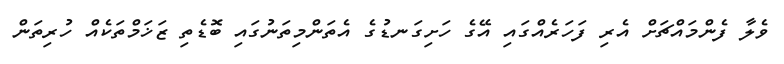
ވެލާ ފެންމައްޗަށް އެރި ފަހަރެއްގައި އޭގެ ހަށިގަނޑުގެ އެތަންމިތަނުގައި ބޮޑެތި ޒަޚަމްތަކެއް ހުރިތަން